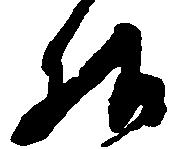
様